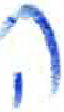
אות: ה